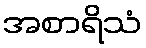
အစာရိသံ